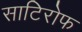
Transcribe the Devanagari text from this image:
साटिरोफ